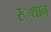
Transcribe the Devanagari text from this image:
स्‍्थान